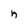
Character: h